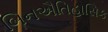
બિનઐતિહાસિક